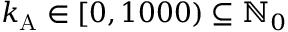
k _ { \mathrm { A } } \in [ 0 , 1 0 0 0 ) \subseteq \mathbb { N } _ { 0 }